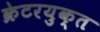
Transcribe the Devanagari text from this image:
क्रेटरयुक्त